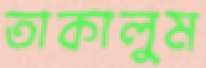
তাকালুম